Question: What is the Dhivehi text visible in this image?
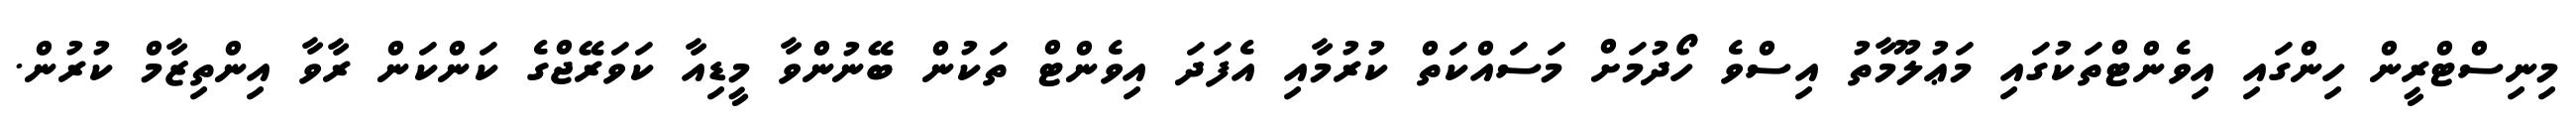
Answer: މިނިސްޓްރީން ހިންގައި އިވެންޓްތަކުގައި މަޢުލޫމާތު އިސްވެ ހޯދުމަށް މަސައްކަތް ކުރުމާއި އެފަދަ އިވެންޓް ތަކުން ބޭނުންވާ މީޑިއާ ކަވަރޭޖްގެ ކަންކަން ރާވާ އިންތިޒާމް ކުރުން.